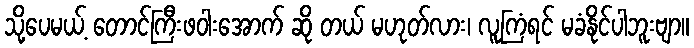
သို့ပေမယ့် တောင်ကြီးဖဝါးအောက် ဆို တယ် မဟုတ်လား၊ လူကြံရင် မခံနိုင်ပါဘူးဗျာ။